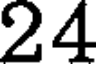
24